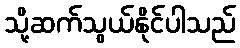
သို့ဆက်သွယ်နိုင်ပါသည်